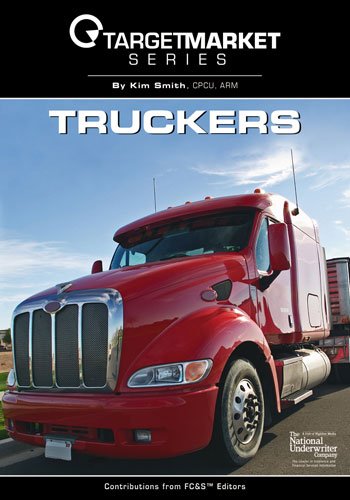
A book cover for Target Market Series - Truckers; Kim Smith; Engineering & Transportation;